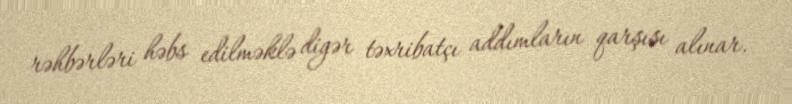
rəhbərləri həbs edilməklə digər təxribatçı addımların qarşısı alınar.